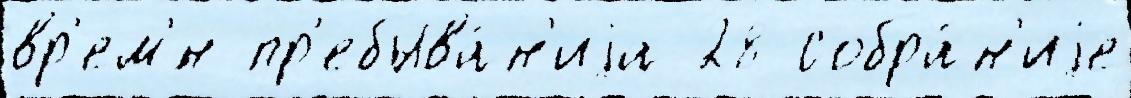
вр'ем'́н пр'ебыва́н'иjа 28 собра́н'иjе